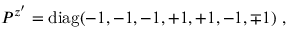
P ^ { z ^ { \prime } } = \mathrm { d i a g } ( - 1 , - 1 , - 1 , + 1 , + 1 , - 1 , \mp 1 ) ~ , ~ \,